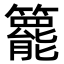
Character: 𥶓